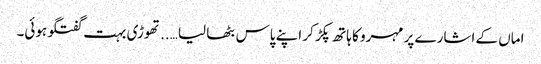
اماں کے اشارے پر مہرو کا ہاتھ پکڑ کر اپنے پاس بٹھا لیا…..تھوڑی بہت گفتگو ہوئی۔